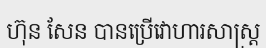
ហ៊ុន សែន បានប្រើវោហារសាស្ត្រ